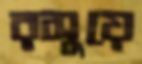
রসুয়ে